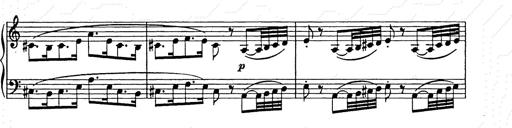
Title: Weihnachtsbaum
Composer: Franz Liszt